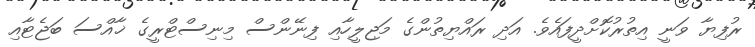
ރުފިޔާ ވަނީ އިތުރުކޮށްދީފައެވެ. އަދި ރައްޔިތުންގެ މަޖިލީހާއި ފިނޭންސް މިނިސްޓްރީގެ ޚާއްސަ ބަޖެޓާއި